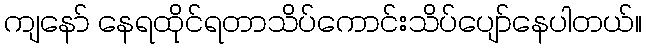
ကျနော် နေရထိုင်ရတာသိပ်ကောင်းသိပ်ပျော်နေပါတယ်။